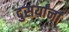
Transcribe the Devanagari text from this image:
दुसर्यांना